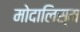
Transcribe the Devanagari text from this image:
मोदालिस्म